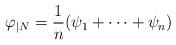
LaTeX: \begin{align*}\varphi_{|N} = \frac{1}{n} (\psi_1 + \cdots + \psi_n) \end{align*}